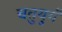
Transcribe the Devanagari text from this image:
चतुयुर्गं